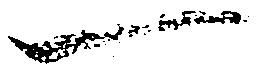
一